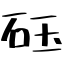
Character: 砡